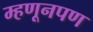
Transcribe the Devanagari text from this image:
म्हणूनपण